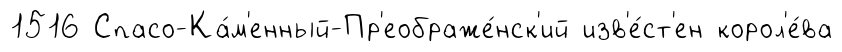
1516 Спасо-Ка́м'енный-Пр'еображе́нск'ий изв'е́ст'ен корол'е́ва